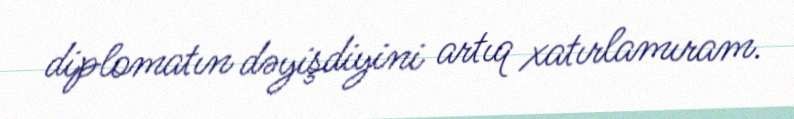
diplomatın dəyişdiyini artıq xatırlamıram.